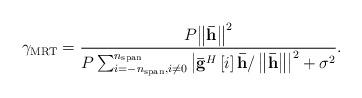
LaTeX: \begin{align*} {\gamma _{{\rm{MRT}}}} = \frac{{P{{\left\| {{\bf{\bar h}}} \right\|}^2}}}{{P\sum\nolimits_{i = - {n_{{\rm{span}}}},i \ne 0}^{{n_{{\rm{span}}}}} {{{\left| {{{{\bf{\bar g}}}^H}\left[ i \right]{\bf{\bar h}}/\left\| {{\bf{\bar h}}} \right\|} \right|}^2}} + {\sigma ^2}}}. \end{align*}